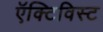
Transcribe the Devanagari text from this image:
ऍक्टिविस्ट